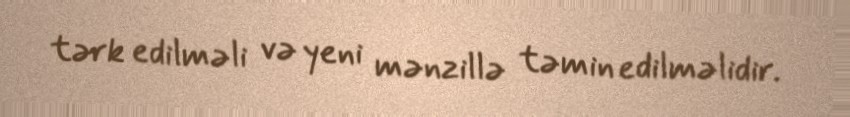
tərk edilməli və yeni mənzillə təmin edilməlidir.